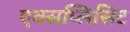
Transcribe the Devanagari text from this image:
एक्सप्लिसिट